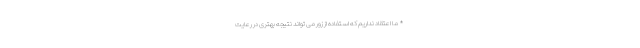
* ما اعتقاد نداریم که استفاده از زور می تواند نتیجه بهتری در رعایت